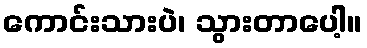
ကောင်းသားပဲ၊ သွားတာပေါ့။